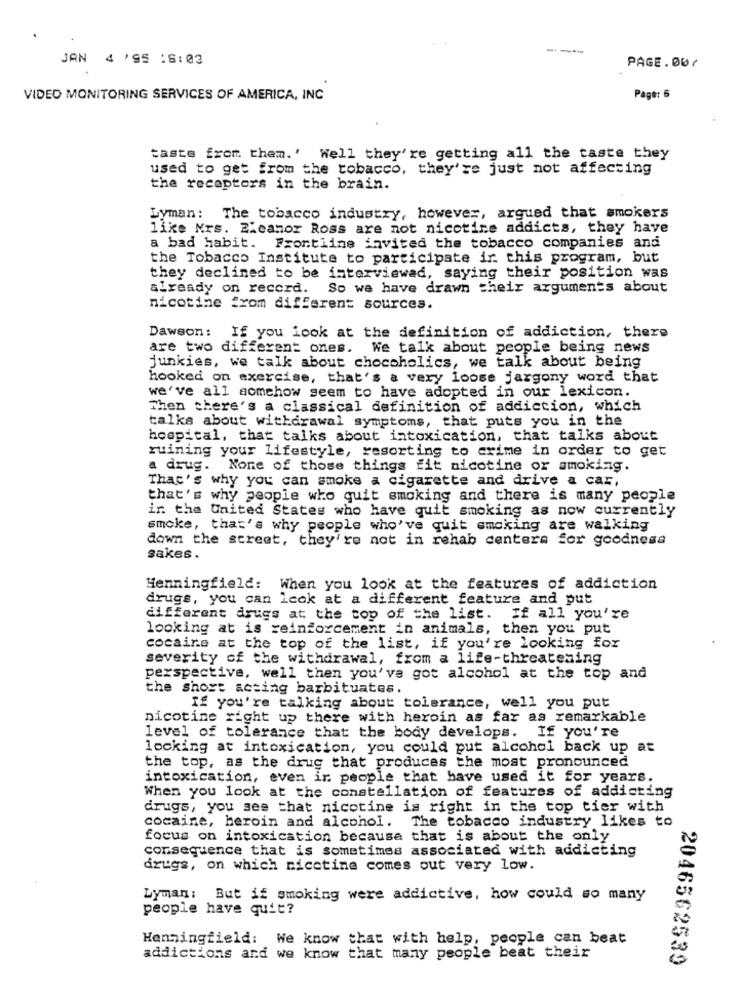
---
JAN 4 '95 :6:03
PAGE.00/
VIDEO MONITORING SERVICES OF AMERICA, INC
Page: 6
taste from them.' Well they're getting all the taste they
used to get from the tobacco, they're just not affecting
the receptors in the brain.
Lyman: The tobacco industry, however, argued that smokers
like Nrs. Eleanor Ross are not nicotine addicts, they have
a bad habit. Frontline invited the tobacco companies and
the Tobacco Institute to participate ir. this program, but
they declined to be interviewed, saying their position was
already on record.
So we have drawn their arguments about
nicotine from different sources.
Dawson: If you look at the definition of addiction, there
are two different ones. We talk about people being news
junkies, we talk about chocoholics, we talk about being
hooked on exercise, that's a very loose jargony word that
we've all somehow seem to have adopted in our lexicon.
Then there's a classical definition of addiction, which
talks about withdrawal symptoms, that puts you in the
hospital, that talks about intoxication, that talks about
ruining your lifestyle, resorting to crime in order to get
a drug. None of those things fit nicotine or smoking.
That's why you can smoke a cigarette and drive a car,
that's why people who quit smoking and there is many people
ir. the United States who have quit smoking as now currently
smoke, that's why people who've quit smoking are walking
down the street, they're not in rehab centers for goodness
sakes.
Henningfield: When you look at the features of addiction
drugs, you can Icok at a different feature and put
different drugs at the top of the list. If all you're
looking at is reinforcement in animals, then you put
cocaine at the top of the list, if you're looking for
severity of the withdrawal, from a life-threatening
perspective, well then you've got alcohol at the top and
the short acting barbituates.
If you're talking about tolerance, well you put
nicotine right up there with heroin as far as remarkable
level of tolerance that the body develops. If you're
looking at intoxication, you could put alcohol back up at
the top, as the drug that produces the most pronounced
intoxication, even ir people that have used it for years.
When you look at the constellation of features of addicting
drugs, you see that nicotine is right in the top tier with
cocaine, heroin and alcohol.
The tobacco industry likes to
focus on intoxication because that is about the only
consequence that is sometimes associated with addicting
drugs, on which nicotine comes out very low.
Lyman: But if smoking were addictive, how could so many
people have quit?
Henningfield: We know that with help, people can beat
addictions and we know that many people beat their
2046562539